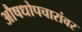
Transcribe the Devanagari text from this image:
औषधोपचारांवर